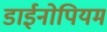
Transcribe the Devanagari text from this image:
डाईनोपियम